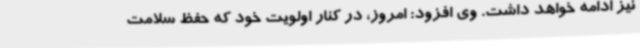
نیز ادامه خواهد داشت. وی افزود: امروز، در کنار اولویت خود که حفظ سلامت